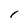
Character: I